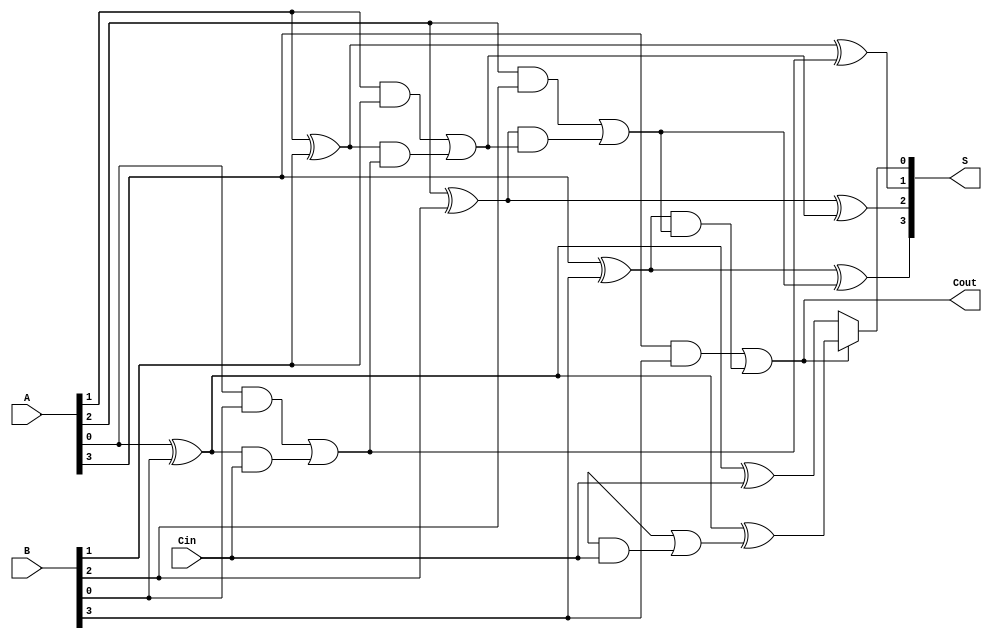
module conditional_sum_adder #(
    parameter N = 4 // Number of bits
)(
    input  [N-1:0] A,      // First input
    input  [N-1:0] B,      // Second input
    input  Cin,            // Carry-in
    output [N-1:0] S,      // Sum output
    output Cout            // Carry-out
);

    wire [N-1:0] G;        // Generate signals
    wire [N-1:0] P;        // Propagate signals
    wire [N-1:0] S1;       // Sum without carry-in
    wire [N-1:0] S2;       // Sum with carry-in
    wire [N:0] C;          // Carry signals

    // Generate and Propagate logic
    genvar i;
    generate
        for (i = 0; i < N; i = i + 1) begin : bit_slice
            assign G[i] = A[i] & B[i];                // Generate
            assign P[i] = A[i] ^ B[i];                // Propagate
            assign S1[i] = A[i] ^ B[i] ^ (i == 0 ? Cin : C[i]); // Sum without carry-in
            assign S2[i] = (A[i] ^ B[i]) ^ (G[i-1] | (P[i-1] & (i == 0 ? Cin : C[i-1]))); // Sum with carry-in
        end
    endgenerate

    // Carry generation
    assign C[0] = Cin; // Initial carry-in
    generate
        for (i = 1; i <= N; i = i + 1) begin : carry_gen
            assign C[i] = G[i-1] | (P[i-1] & C[i-1]); // Carry generation
        end
    endgenerate

    // Final sum and carry-out
    assign S = (C[N] ? S2 : S1); // Select final sum based on carry-out
    assign Cout = C[N];          // Final carry-out

endmodule